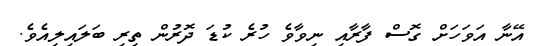
އޭނާ އަވަހަށް ގޮސް ފާރާއި ނިވާވެ ހުރެ ކުޑަ ދޮރުން ތިރި ބަލައިލިއެވެ.